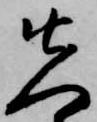
先